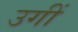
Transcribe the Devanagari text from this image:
उगीं